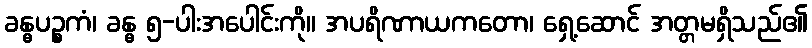
ခန္ဓပဉ္စကံ၊ ခန္ဓ ၅-ပါးအပေါင်းကို။ အပရိဏာယကတော၊ ရှေ့ဆောင် အတ္တမရှိသည်၏